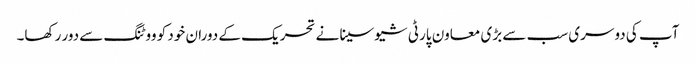
آپ کی دوسری سب سے بڑی معاون پارٹی شیوسینا نے تحریک کے دوران خود کو ووٹنگ سے دور رکھا۔